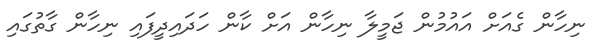
ނިހާން ގެއަށް އައުމުން ޖަމީލާ ނިހާން އަށް ކާން ހަދައިދީފައި ނިހާން ގާތުގައި